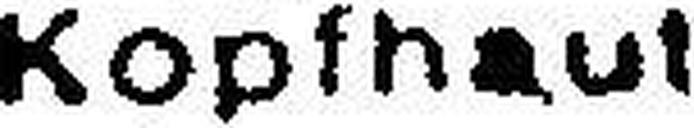
Kopfhaut